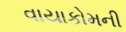
વાયાકોમની